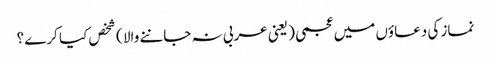
نماز کی دعاؤں میں عجمی ( یعنی عربی نہ جاننے والا ) شخص کیا کرے ؟